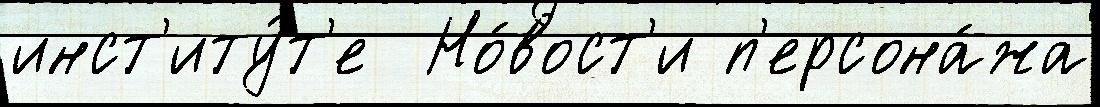
инст'иту́т'е  Но́вост'и п'ерсона́жа